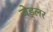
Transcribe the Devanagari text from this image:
जेड्लर